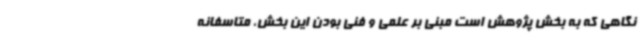
نگاهی که به بخش پژوهش است مبنی بر علمی و فنی بودن این بخش، متاسفانه